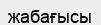
жабағысы